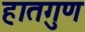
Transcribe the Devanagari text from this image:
हातगुण